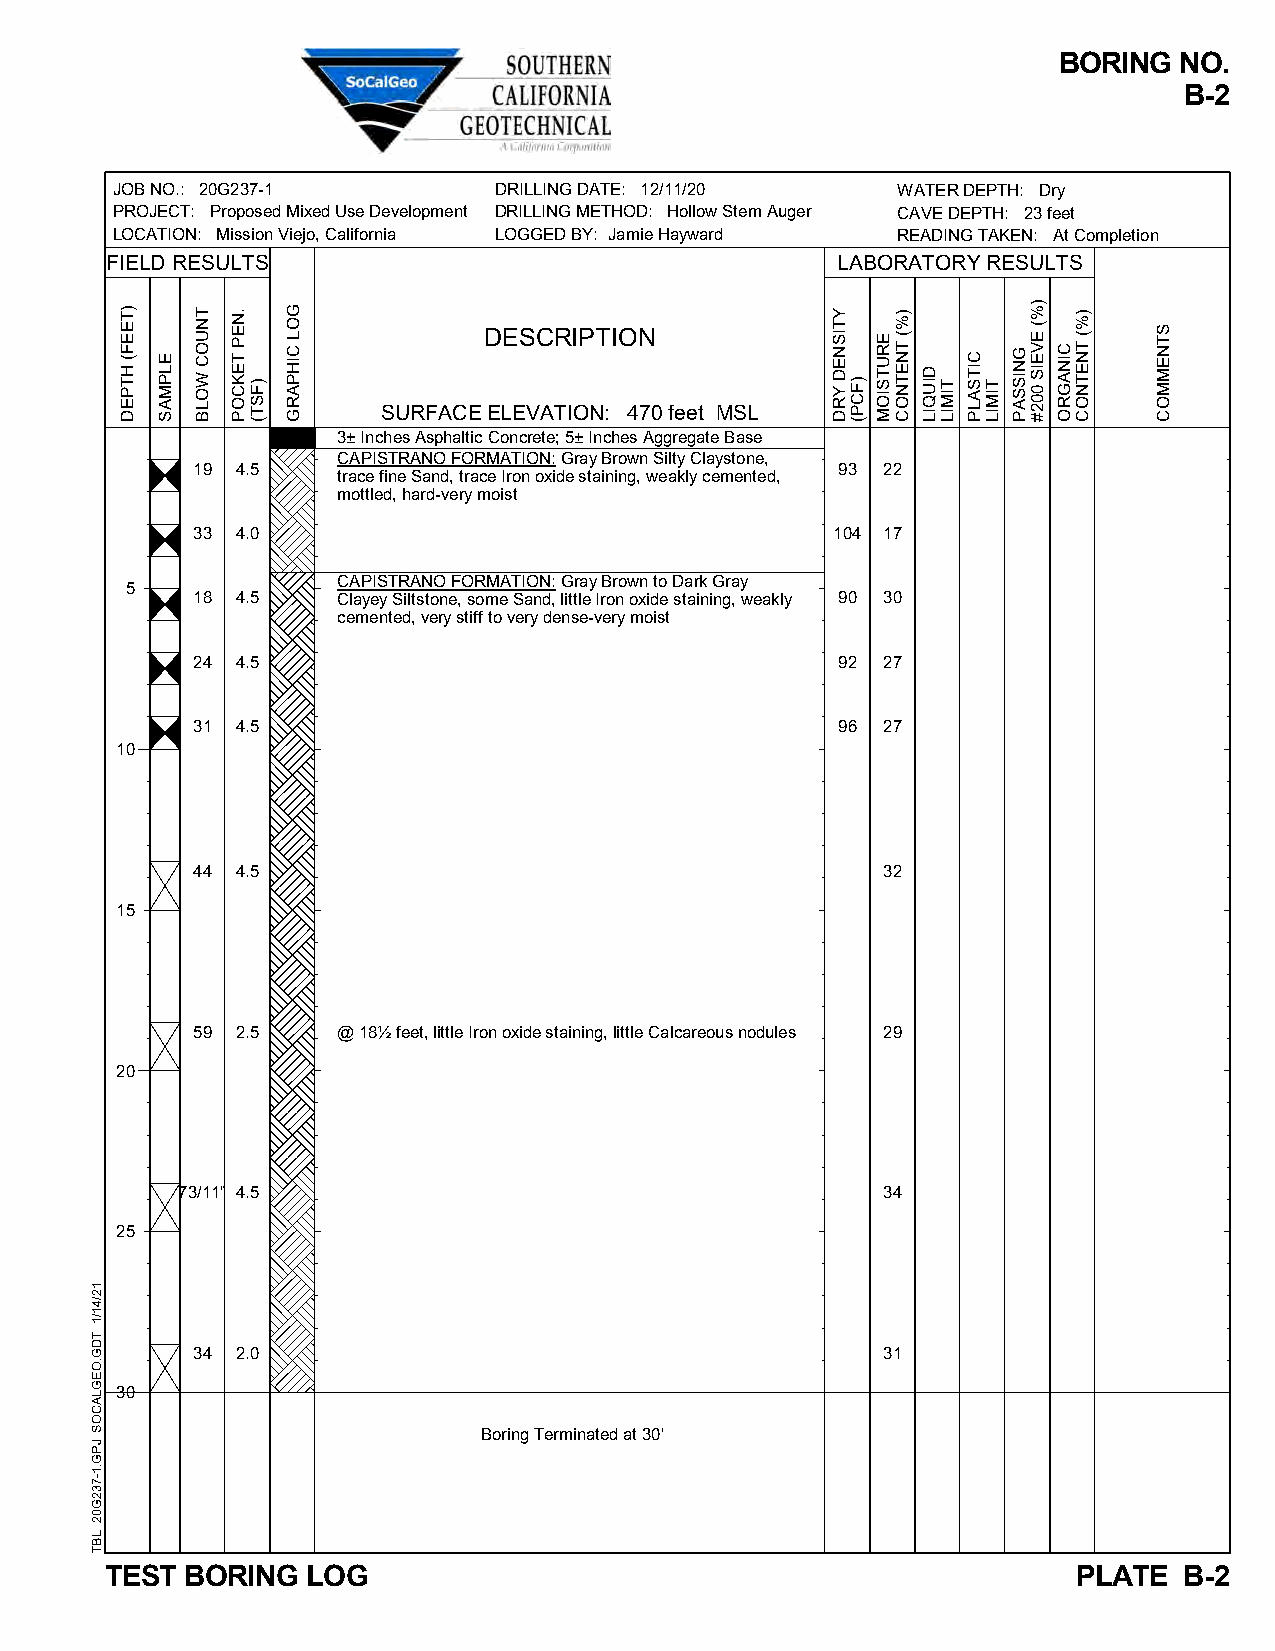
BORING  NO.
 B-2
 JOB NO.: 20G237-1         DRILLING DATE: 12/11/20   WATER DEPTH: Dry
 PROJECT: Proposed Mixed Use Development DRILLING METHOD: Hollow Stem Auger CAVE DEPTH: 23 feet
 LOCATION: Mission Viejo, California LOGGED BY: Jamie Hayward READING TAKEN: At Completion
 FIELD RESULTS                                   LABORATORY RESULTS
 DESCRIPTION
 SURFACE ELEVATION: 470 feet MSL
 3± Inches Asphaltic Concrete; 5± Inches Aggregate Base
 CAPISTRANO FORMATION: Gray Brown Silty Claystone,
 19 4.5                                    93 22
 trace fine Sand, trace Iron oxide staining, weakly cemented,
 mottled, hard-very moist
 33 4.0                                    104 17
 CAPISTRANO FORMATION: Gray Brown to Dark Gray
 5
 18 4.5   Clayey Siltstone, some Sand, little Iron oxide staining, weakly 90 30
 cemented, very stiff to very dense-very moist
 24 4.5                                    92 27
 31 4.5                                    96 27
 10
 44 4.5                                       32
 15
 59 2.5   @ 18½ feet, little Iron oxide staining, little Calcareous nodules 29
 20
 73/11" 4.5                                    34
 25
 34 2.0                                       31
 30
 Boring Terminated at 30'
 TEST BORING  LOG                                                PLATE  B-2
 12/41/1
 TDG.OEGLACOS
 JPG.1-732G02
 LBT
 )TEEF(
 HTPED
 ELPMAS
 TNUOC
 WOLB
 .NEP
 TEKCOP
 )FST(
 GOL
 CIHPARG
 YTISNED
 YRD )FCP(
 ERUTSIOM
 )%(
 TNETNOC
 DIUQIL
 TIMIL
 CITSALP
 TIMIL
 GNISSAP
 )%(
 EVEIS
 002#
 CINAGRO
 )%(
 TNETNOC
 STNEMMOC